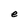
Character: e